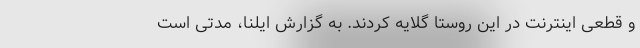
و قطعی اینترنت در این روستا گلایه کردند. به گزارش ایلنا، مدتی است